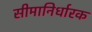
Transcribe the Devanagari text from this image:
सीमानिर्धारक